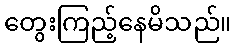
တွေးကြည့်နေမိသည်။